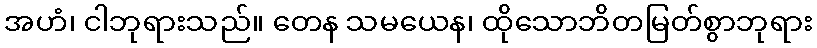
အဟံ၊ ငါဘုရားသည်။ တေန သမယေန၊ ထိုသောဘိတမြတ်စွာဘုရား